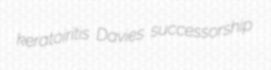
keratoiritis Davies successorship